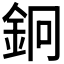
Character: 𨥽